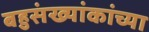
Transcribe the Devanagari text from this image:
बहुसंख्यांकांच्या